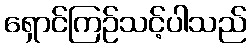
ရှောင်ကြဉ်သင့်ပါသည်